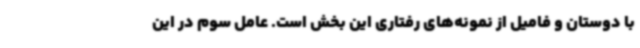
با دوستان و فامیل از نمونه‌های رفتاری این بخش است. عامل سوم در این